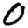
Digit: 0